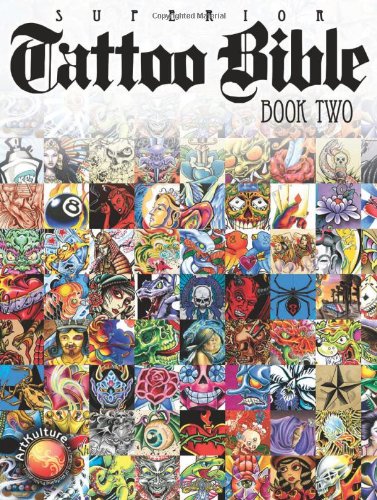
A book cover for Superior Tattoo Bible: Book Two; Arts & Photography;